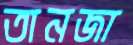
তানজা